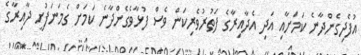
އުފެދިގެންދާނެ ކަމަށާއި އަދި އެދާއިރާގެ ފަތުރުވެރިކަން ވެސް ފުޅާވެގެންދާނެ ކަމަށް ގެމަނަފުށީ ދާއިރާގެ